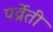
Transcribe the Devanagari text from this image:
पर्व्रेती